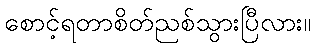
စောင့်ရတာစိတ်ညစ်သွားပြီလား။